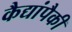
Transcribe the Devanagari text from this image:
कैद्यांपैकी